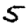
Digit: 5